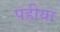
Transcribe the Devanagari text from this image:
पहीया